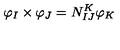
{ \varphi } _ { I } \times { \varphi } _ { J } = N _ { I J } ^ { K } { \varphi } _ { K }